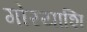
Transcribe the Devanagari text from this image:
गोरयाशि